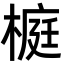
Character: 榳